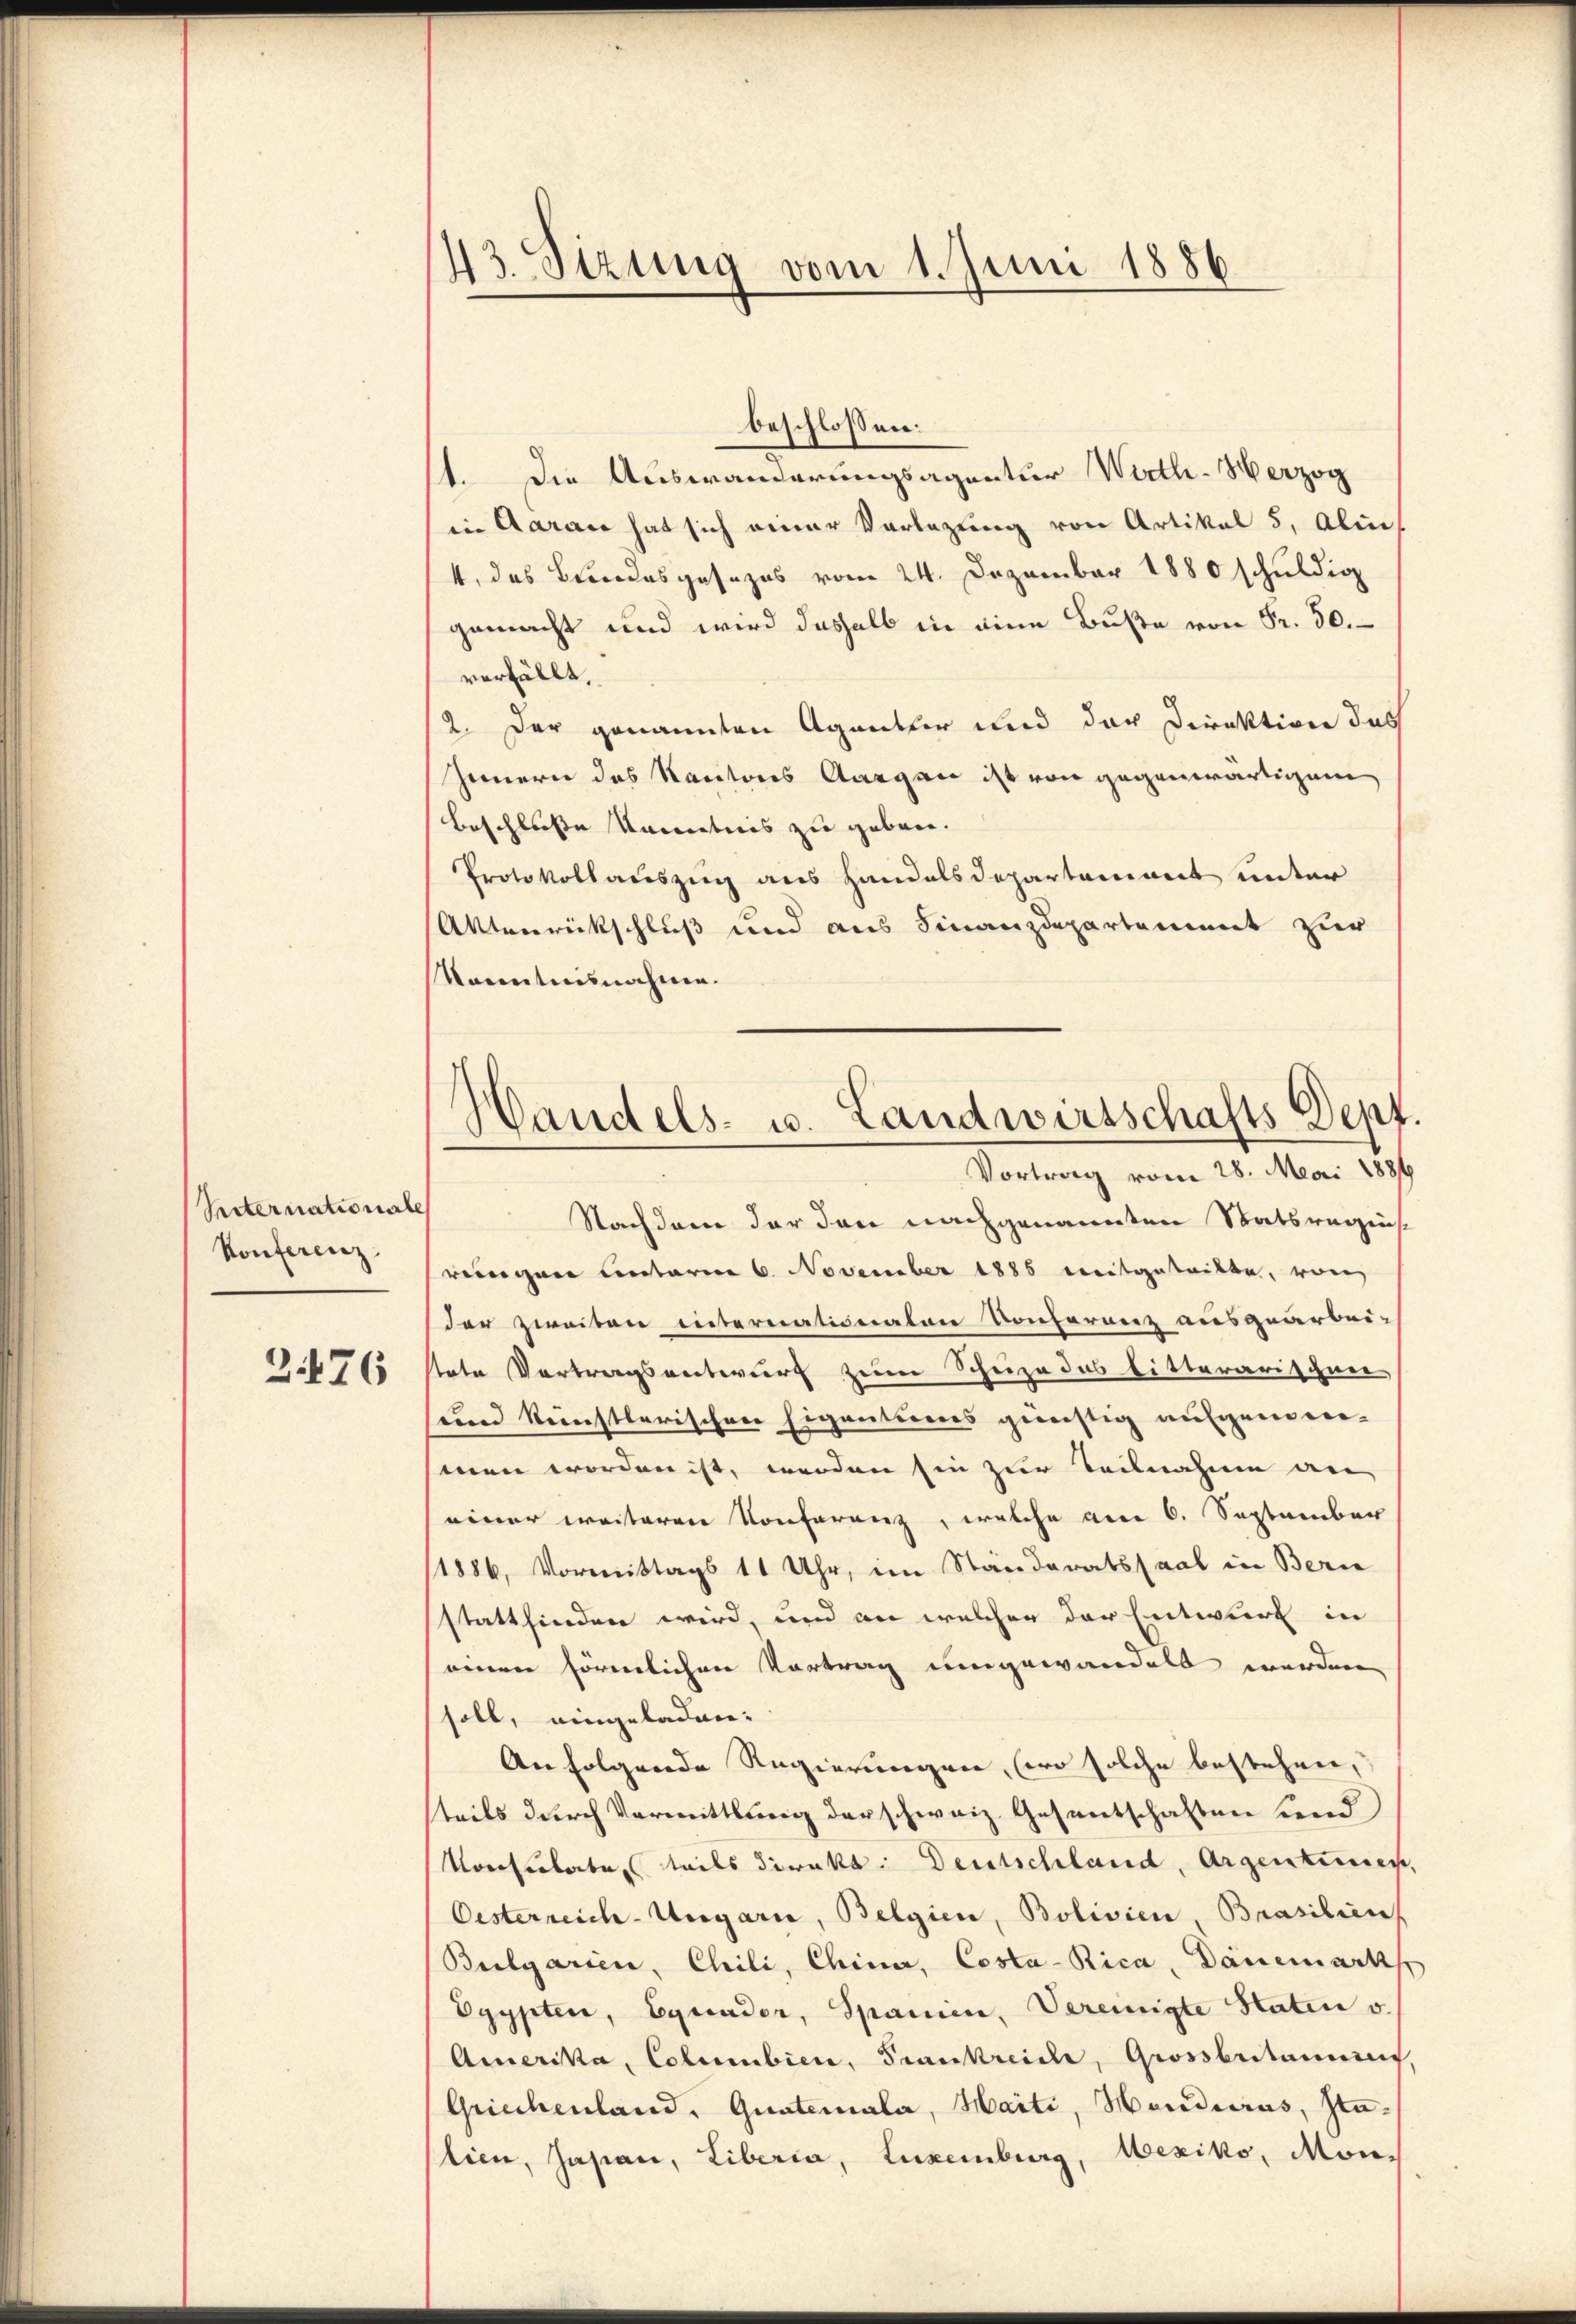
Reternationale
Konferenz.
3476

43. Sitzung vom 1. Juni 1886

1. Die Auswanderungsagentur Wirth- Herzog
in Aaraus hat sich einer Vorlegung von Artikal 5, Aben
4, das Bundesgesezes vom 24. Dezember 1880 schuldig
gemacht und wird deshalb in eine Buße von Fr. 50.
verfällt,
2. Der genannten Agentler und der Direktion das
Jennern das Kantons Aargau ist von gegenwärtigem
Beschliesse kanntnis zu geben.
Protokollauszug aus Handelsdepartamnet unter
Aktenrückschluß und aus Finanzdepartement zur
Nanntnisnahme.

beschlossen:

Nachdem der dann nachgenannten Statsregis
reinigen Unterm 6. November 1885 mitgeteilte, von
der zweiten internationaten Konferenz ausgearbei-
tate Vortragsentwurf zum Scheize das Litterarischen
und künstlerischen Eigenteres günstig aufgenommen worden ist, werden hin zur Teilnahme an
einer weiteren Konferenz, welche am 6. September
11886, Vormittags 11 Uhr, im Ständeratssaal in Bern
stattfinden wird, und an welcher der Entwurf in
einen förmlichen Vortrag umgewandelt werden,
soll, eingeladen.
An folgende Regierungen, wo solche bestehen,
steils durch Vermittlung der schweiz. Gesentschaften send
Korsitate teils direkt: Deutschland, Argentumes,
Oesterreich-Ungarn, Belgien, Bolivien, Brasilien
Bulgarien, Chili, China, Costa-Rica, Dänemarcks
Egypten, Equader, Spanien, Vereinigte Staten v.
Amerika, Columbien, Frankreiche, Grossbritannen
Griechenland, Quaterala, Haiti, Handerus, Stalien, Japan, Liberia, Luxenburg, Mexiko, Mon¬

Handels- u. Landwirtschafts Dept.
Vortrag vom 28. Mai 1886